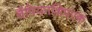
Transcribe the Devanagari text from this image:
चैंपियनशिपएक